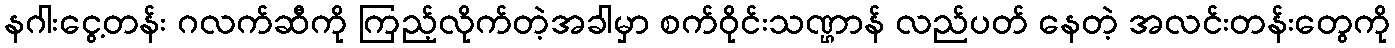
နဂါးငွေ့တန်း ဂလက်ဆီကို ကြည့်လိုက်တဲ့အခါမှာ စက်ဝိုင်းသဏ္ဌာန် လည်ပတ် နေတဲ့ အလင်းတန်းတွေကို